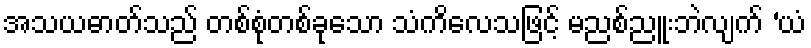
အသယဓာတ်သည် တစ်စုံတစ်ခုသော သံကိလေသဖြင့် မညစ်ညူးဘဲလျက် ‘ယံ